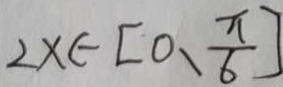
2 x \epsilon [ 0 , \frac { \pi } { 6 } ]